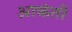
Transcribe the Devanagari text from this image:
आकंती